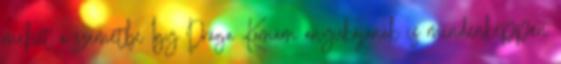
mehet a szemétbe Így Drága Komám anyukájának is mindenképpen